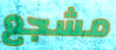
مشجع